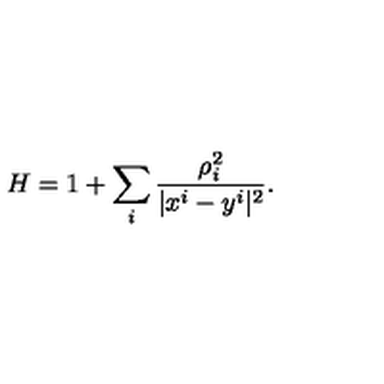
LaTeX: H = 1 + \sum _ { i } \frac { \rho _ { i } ^ { 2 } } { | x ^ { i } - y ^ { i } | ^ { 2 } } .